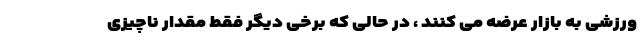
ورزشی به بازار عرضه می کنند ، در حالی که برخی دیگر فقط مقدار ناچیزی